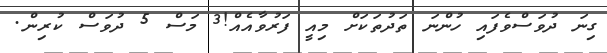
ގިނަ ދުވަސްވެފައި ހުންނަ ތަދުތަކަށް މިއީ ފަރުވާއެއް!3 މަސް 5 ދުވަސް ކުރިން.